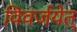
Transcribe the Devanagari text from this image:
विवर्जयेत्